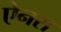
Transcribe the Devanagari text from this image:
ऐनस